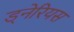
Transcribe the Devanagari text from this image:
ड्नेरियस